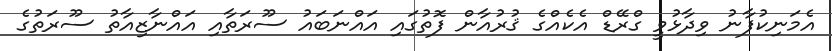
އެމަނިކުފާނު ވިދާޅުވީ ގްރޭޑް އެކެއްގެ ޤުރުއާން ފޮތުގައި އައްނަބައު ސޫރަތާއި އައްނާޒިއާތު ސޫރަތުގެ